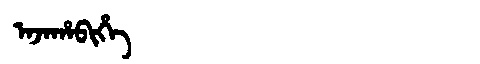
Manchu: ᠠᠵᠠᡥᠠᠪᡳᡥᡝ
Romanization: AJAHABIHE